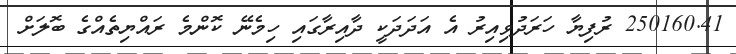
250160.41 ރުފިޔާ ހަރަދުވިއިރު އެ އަދަދަކީ ދާއިރާގައި ހިމެނޭ ކޮންމެ ރައްޔިތެއްގެ ބޮލަށް